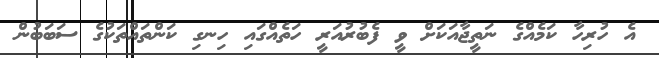
އެ ހުރިހާ ކަމެއްގެ ނަތީޖާއަކަށް ވީ ފެބުރުއަރީ ހަތެއްގައި ހިނގި ކަންތައްތަކުގެ ސަބަބުން